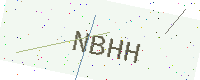
Text: NBHH